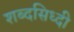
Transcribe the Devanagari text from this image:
शब्दसिध्दी